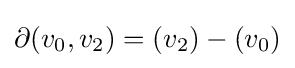
\partial (v_{0},v_{2})=(v_{2})-(v_{0})